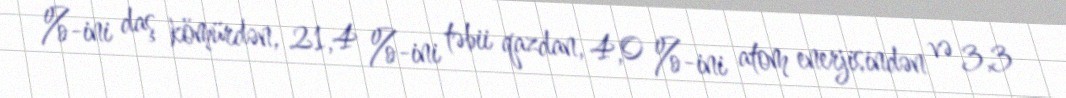
%-ini daş kömürdən, 21,4 %-ini təbii qazdan, 4,0 %-ini atom enerjisindən və 3,3